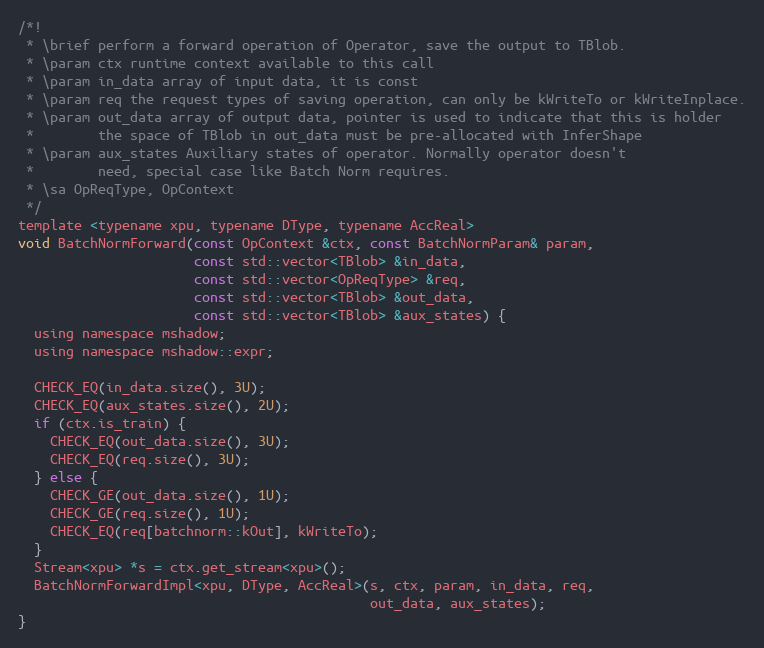
Language: C
/*!
 * \brief perform a forward operation of Operator, save the output to TBlob.
 * \param ctx runtime context available to this call
 * \param in_data array of input data, it is const
 * \param req the request types of saving operation, can only be kWriteTo or kWriteInplace.
 * \param out_data array of output data, pointer is used to indicate that this is holder
 *        the space of TBlob in out_data must be pre-allocated with InferShape
 * \param aux_states Auxiliary states of operator. Normally operator doesn't
 *        need, special case like Batch Norm requires.
 * \sa OpReqType, OpContext
 */
template <typename xpu, typename DType, typename AccReal>
void BatchNormForward(const OpContext &ctx, const BatchNormParam& param,
                      const std::vector<TBlob> &in_data,
                      const std::vector<OpReqType> &req,
                      const std::vector<TBlob> &out_data,
                      const std::vector<TBlob> &aux_states) {
  using namespace mshadow;
  using namespace mshadow::expr;

  CHECK_EQ(in_data.size(), 3U);
  CHECK_EQ(aux_states.size(), 2U);
  if (ctx.is_train) {
    CHECK_EQ(out_data.size(), 3U);
    CHECK_EQ(req.size(), 3U);
  } else {
    CHECK_GE(out_data.size(), 1U);
    CHECK_GE(req.size(), 1U);
    CHECK_EQ(req[batchnorm::kOut], kWriteTo);
  }
  Stream<xpu> *s = ctx.get_stream<xpu>();
  BatchNormForwardImpl<xpu, DType, AccReal>(s, ctx, param, in_data, req,
                                            out_data, aux_states);
}